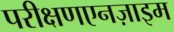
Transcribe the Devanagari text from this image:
परीक्षणएनज़ाइम